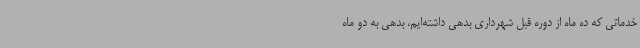
خدماتی که ده ماه از دوره قبل شهرداری بدهی داشته‌ایم، بدهی به دو ماه